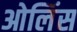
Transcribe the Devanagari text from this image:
ओलिंस